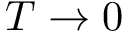
T \rightarrow 0